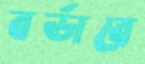
বর্ডারে